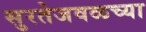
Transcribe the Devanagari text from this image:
सुरतेजवळच्या